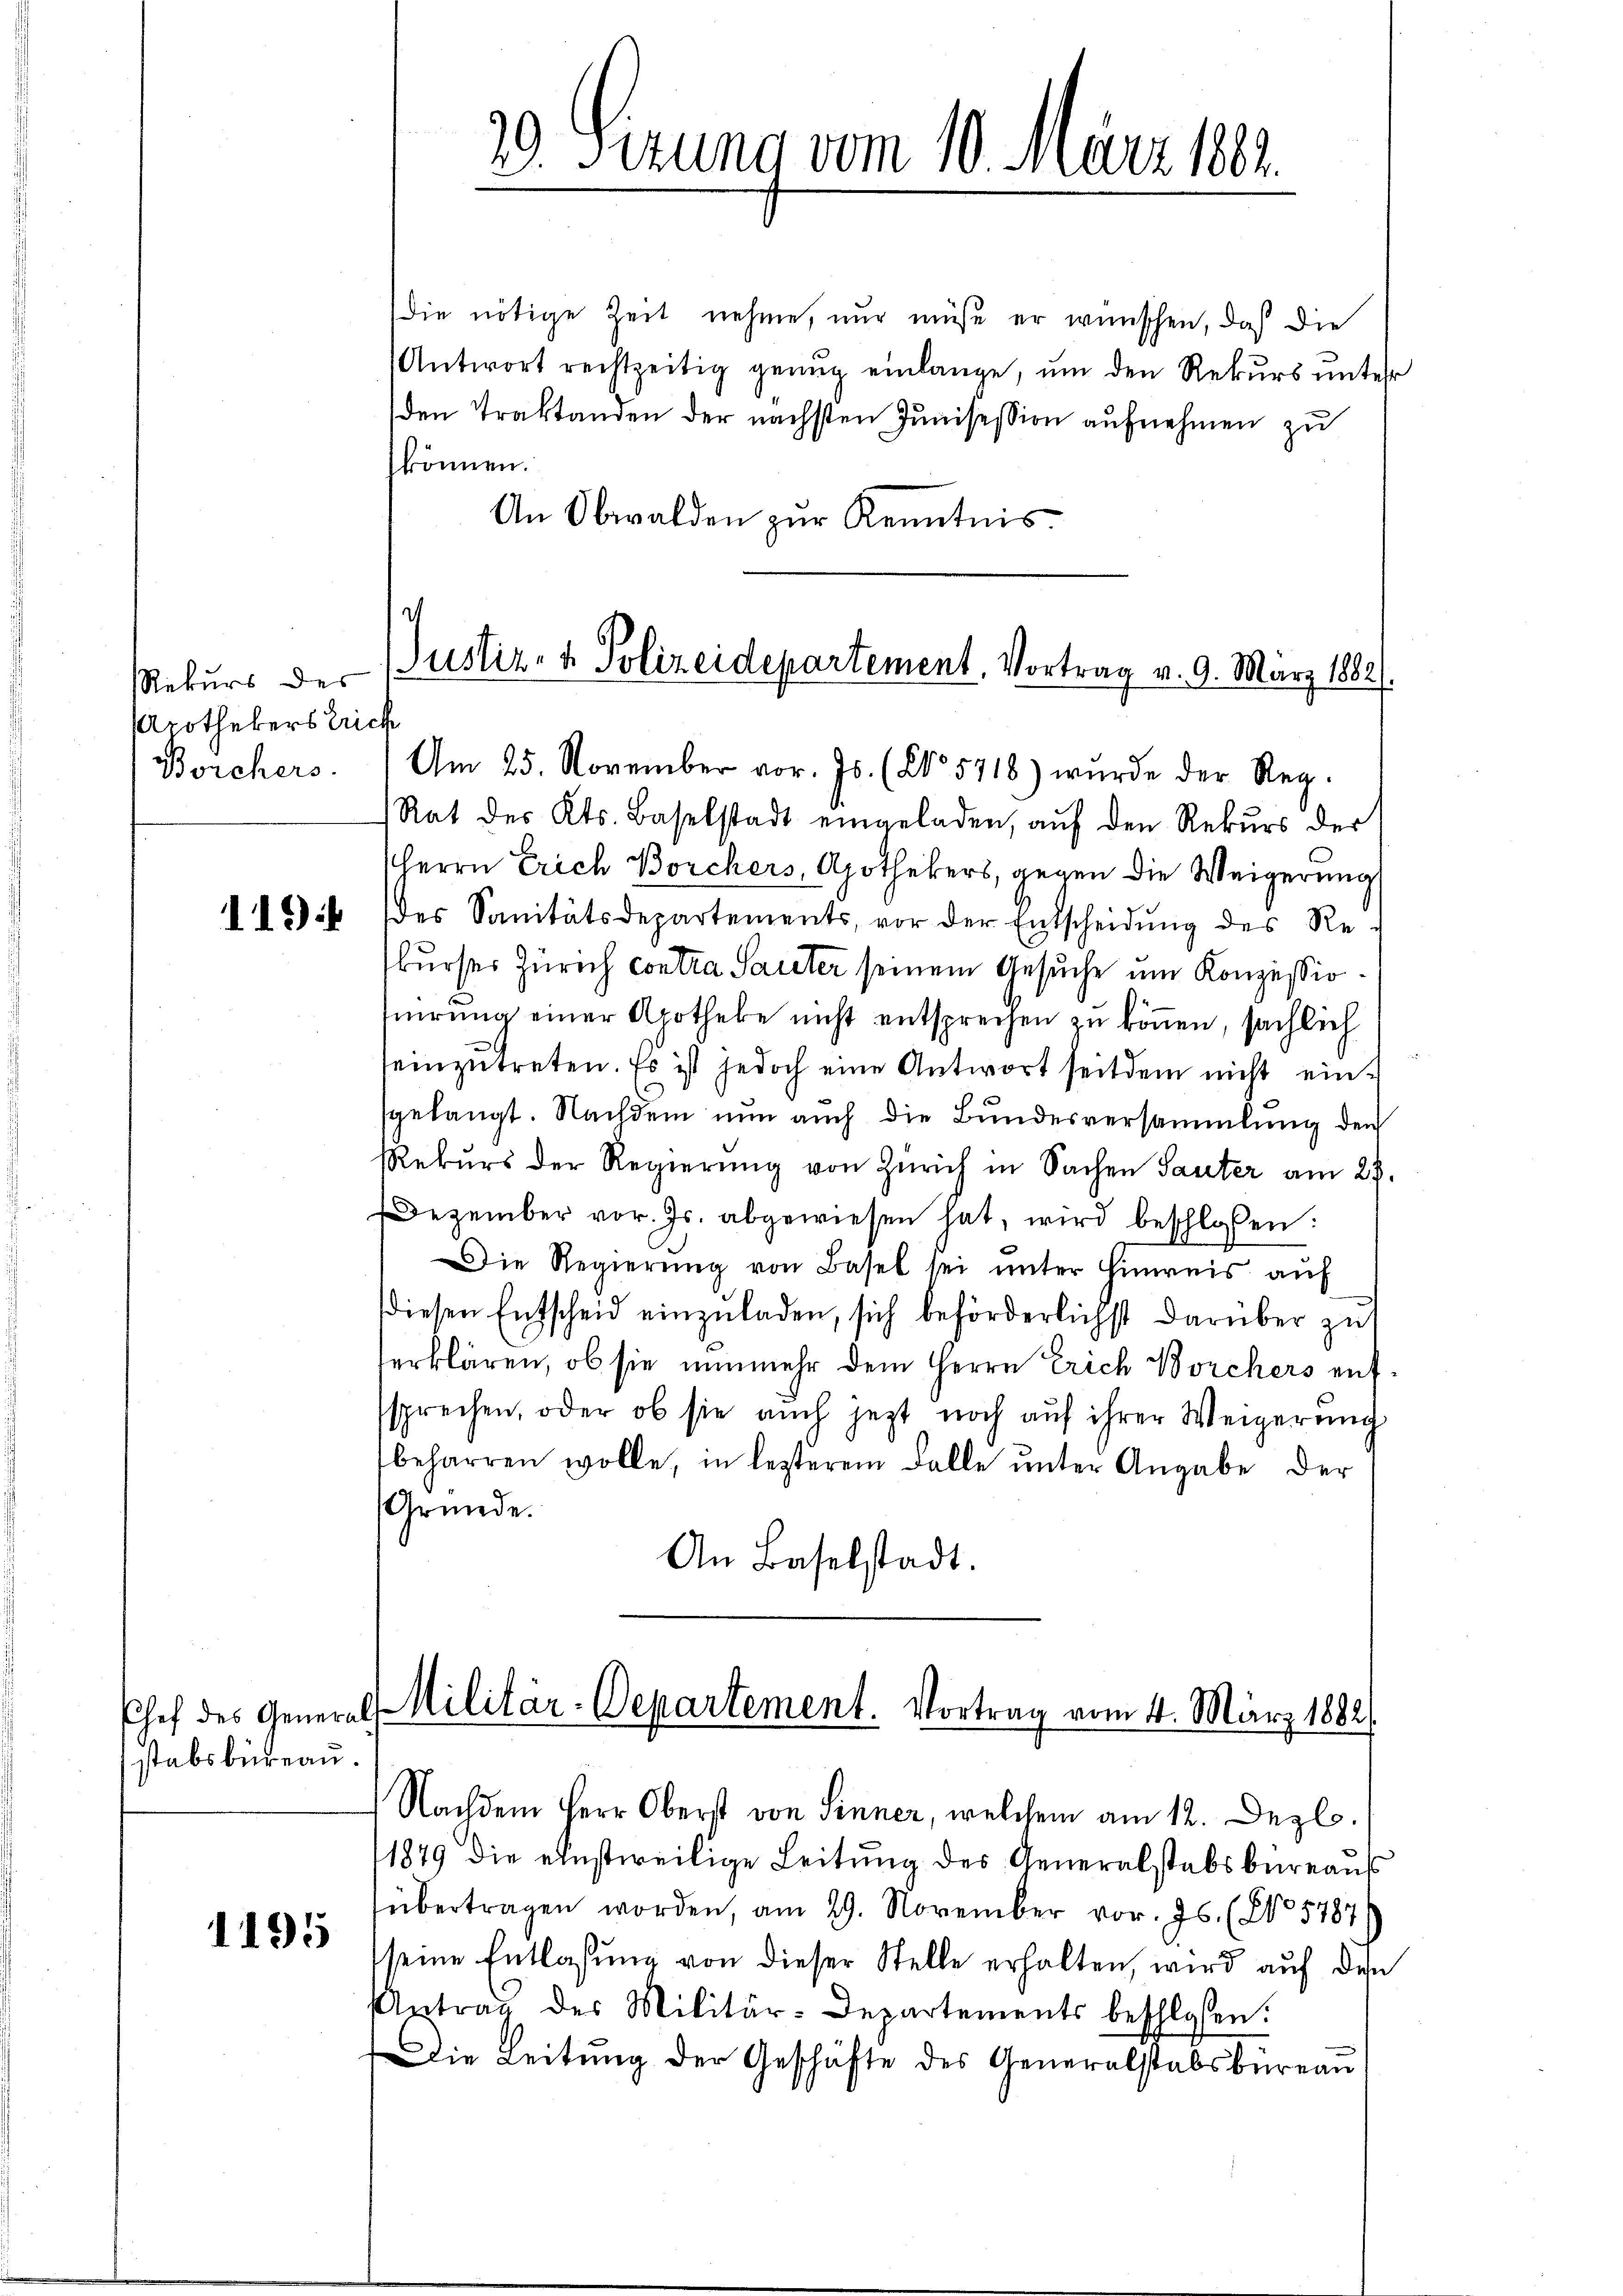
Rekurs des
rothekers Erich
Borchers.

119

stabsbureau.

1195

20. Sizung vom 10. März 1804.

die nötige Zeit nehme, nur müße er wünschen, daß die
Antwort rechtzeitig genug einlange, um den Rekurs unter
den Traktanden der nächsten Junisession aufnehmen zu
können.
An Obwalden zŭr Kenntnis.
Am 25. November vor. Js. (N° 5718) wurde der Reg.
Rat des Kts. Baselstadt eingeladen, auf den Rekurs der
Herrn Erich Borchers, Apothekers, gegen die Weigerung
des Sanitätsdepartements, vor der Entscheidŭng des Re-
burses Zürich contra Sareter seinem Gesuche um Konzessiotuirung einer Apotheke nicht entsprechen zu können, sächlich
seinzŭtreten. Es ist jedoch eine Antwort seitdem nicht einsgelangt. Nachdem nun auch die Bundesversammlung den
Rekŭrs der Regierŭng von Zürich in Sachen Sauter am 25.
Dezember vor. Js. abgewiesen hat, wird beschlossen:
Die Regierŭng von Basel sei ŭnter Hinweis auf
diesen Entscheid einzŭladen, sich beförderlichst darüber zu
erklären, ob sie nunmehr dem Herrn Erich Borchers aufssprechen, oder ob sie auch jetzt noch aŭf ihrer Weigerŭng
beharren wolle, in lezterem Falle ŭnter Angabe der
Gründe.
An Baselstadt.

c
Justiz- & Polizeidepartement, Vortrag v. 9. März 1882.

Chef des General-Militär-Departement. Vortrag vom 4. März 1882

Nachdem Herr Oberst von Sinner, welchem am 12. Dez.
1879 die einstweilige Leitung des Generalstabsbureaus
übertragen worden, am 29. November vor. Js. (No 5787
seine Entlassŭng von dieser Stelle erhalten, wird auf den
Antrag des Militär-Departements beschlossen:
Die Leitung der Geschäfte des Generalstabsbureau